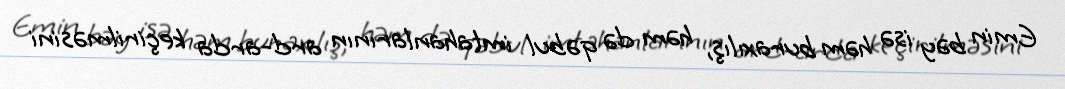
Emin bəy isə həm buraxılış, həm də qəbul imtahanlarının ard-arda keçirilməsini